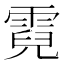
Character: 霓